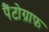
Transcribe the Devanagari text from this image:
पैंटोग्राफ़